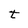
Character: t